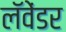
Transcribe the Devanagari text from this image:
लॅवेंडर